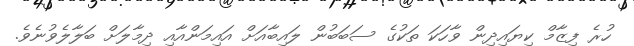
ހުރެ ފިޒާމް ކިޔައިދިން ވާހަކަ ތަކުގެ ސަބަބުން ލައިބާއަށް އައިމަންއާއި ދިމާލަށް ބަލާލެވުނެވެ.